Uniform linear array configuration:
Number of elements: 4
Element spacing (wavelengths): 1
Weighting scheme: cosine
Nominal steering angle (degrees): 60
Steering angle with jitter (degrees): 59.42
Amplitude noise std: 0.05
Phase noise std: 0.05

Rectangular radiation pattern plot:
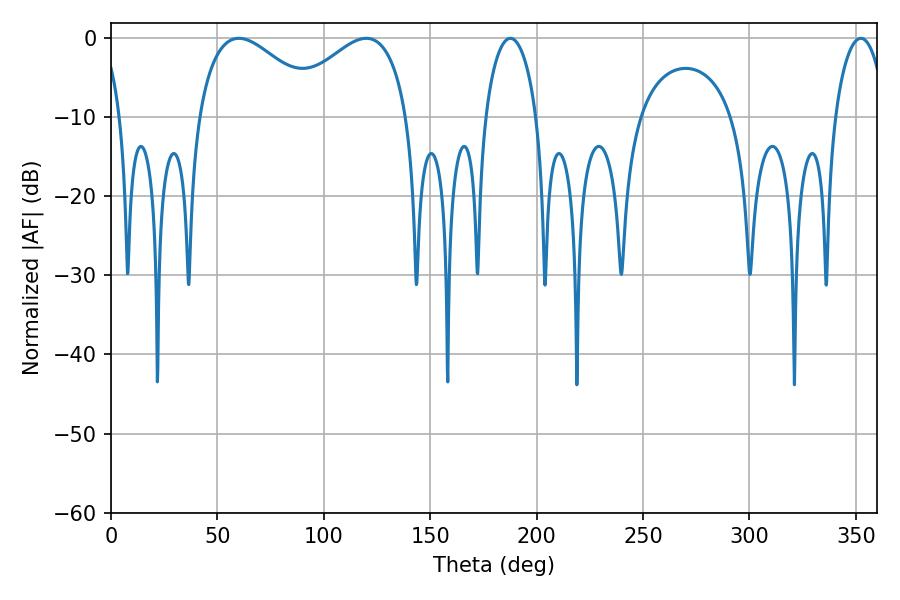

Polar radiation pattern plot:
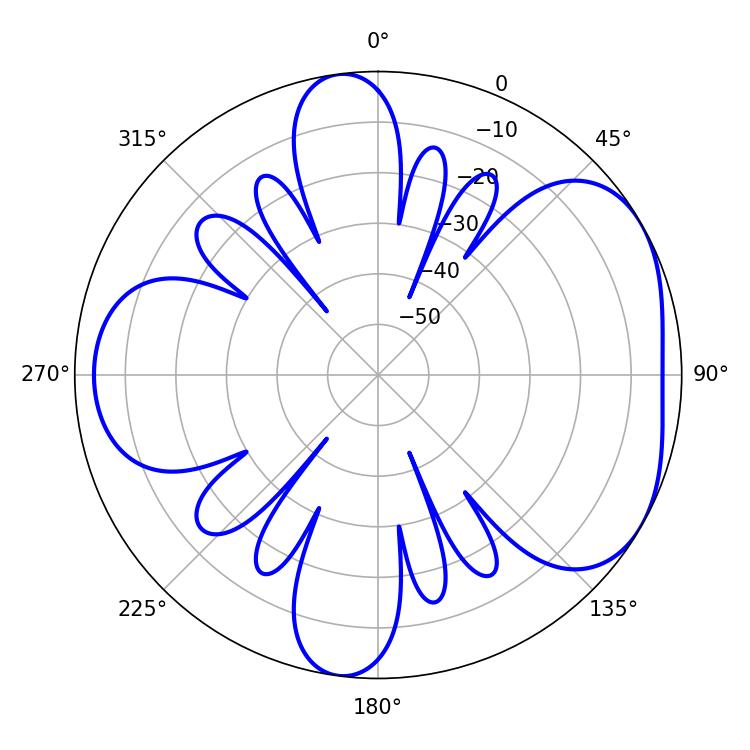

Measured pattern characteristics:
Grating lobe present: TRUE
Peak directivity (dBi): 4.669
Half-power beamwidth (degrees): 32.04
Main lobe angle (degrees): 60.12